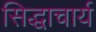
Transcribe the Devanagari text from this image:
सिद्धाचार्य